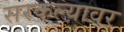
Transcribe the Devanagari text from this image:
सरकल्यावर